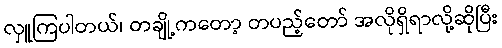
လှူကြပါတယ်၊ တချို့ကတော့ တပည့်တော် အလိုရှိရာလို့ဆိုပြီး